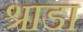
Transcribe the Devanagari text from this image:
श्राडा